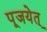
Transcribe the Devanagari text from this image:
पूजयेत्